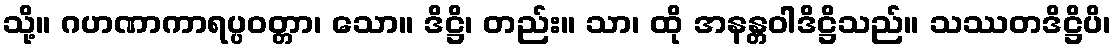
သို့။ ဂဟဏာကာရပ္ပဝတ္တာ၊ သော။ ဒိဋ္ဌိ၊ တည်း။ သာ၊ ထို အနန္တဝါဒိဋ္ဌိသည်။ သဿတဒိဋ္ဌိပိ၊